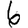
Digit: 6